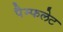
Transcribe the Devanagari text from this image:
पैम्‍फलेट